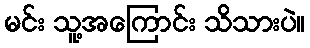
မင်း သူ့အကြောင်း သိသားပဲ။